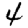
Digit: 4